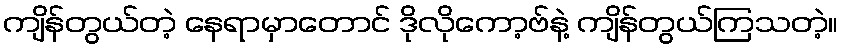
ကျိန်တွယ်တဲ့ နေရာမှာတောင် ဒိုလိုကော့ဗ်နဲ့ ကျိန်တွယ်ကြသတဲ့။